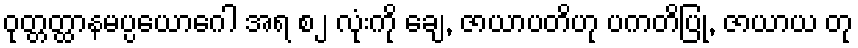
ဝုတ္တတ္ထာနမပ္ပယောဂေါ အရ စ၂ လုံးကို ချေ, ဇာယာပတိဟု ပကတိပြု, ဇာယာယ တု